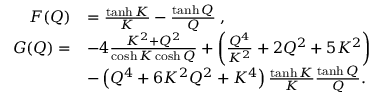
\begin{array} { r l } { F ( Q ) } & { = \frac { \operatorname { t a n h } K } { K } - \frac { \operatorname { t a n h } Q } { Q } \; , } \\ { G ( Q ) = } & { - 4 \frac { K ^ { 2 } + Q ^ { 2 } } { \cosh K \cosh Q } + \left( \frac { Q ^ { 4 } } { K ^ { 2 } } + 2 Q ^ { 2 } + 5 K ^ { 2 } \right) } \\ & { - \left( Q ^ { 4 } + 6 K ^ { 2 } Q ^ { 2 } + K ^ { 4 } \right) \frac { \operatorname { t a n h } K } { K } \frac { \operatorname { t a n h } Q } { Q } . } \end{array}